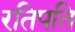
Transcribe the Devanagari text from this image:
रतिपति